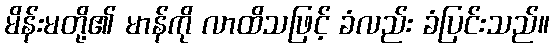
မိန်းမတို့၏ မာန်ကို လာထိသဖြင့် ခံလည်း ခံပြင်းသည်။